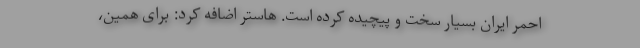
احمر ایران بسیار سخت و پیچیده کرده است. هاستر اضافه کرد: برای همین،